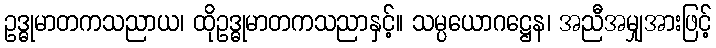
ဥဒ္ဓုမာတကသညာယ၊ ထိုဥဒ္ဓုမာတကသညာနှင့်။ သမ္ပယောဂဋ္ဌေန၊ အညီအမျှအားဖြင့်